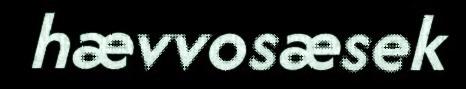
hævvosæsek